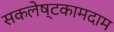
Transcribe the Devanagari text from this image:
सकलेष्टकामदाम